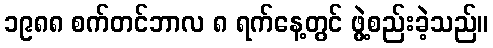
၁၉၈၈ စက်တင်ဘာလ ၈ ရက်နေ့တွင် ဖွဲ့စည်းခဲ့သည်။